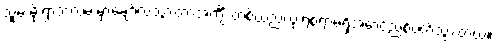
သူမ မိုးရွာတဲ့လမ်းမှာချော်လဲသွားတာအင်္ကျီ တစ်ထည်လုံးရစရာမရှိအောင်ညစ်ပတ်သွားတယ်။